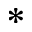
*